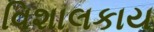
વિશાલકાય